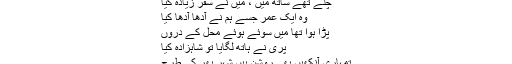
الیاس بابر اعوان
چلے تھے ساتھ میں ، میں‌ نے سفر زیادہ کیا
وہ ایک عمر جسے ہم نے آدھا آدھا کیا
پڑا ہُوا تھا میں سوئے ہوئے محل کے دُروں
پری نے ہاتھ لگایا تو شاہزادہ کیا
تمہاری آنکھیں بھی روشن ہیں شہر بھر کی طرح
سو میرے خوابوں سے تم نے بھی استفادہ کیا!